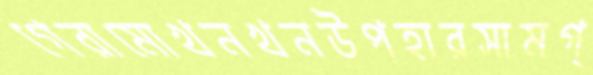
গেরামোখনখনউপহারসামগ্